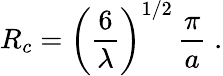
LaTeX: R_{c}=\left(\frac{6}{\lambda}\right)^{1/2}\, \frac{\pi}{a}\; .